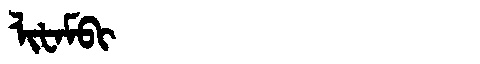
Manchu: ᠯᡳᡶᠠᠮᠪᡳ
Romanization: LIFAMBI